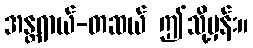
အန္တရာယ်-တဆယ် ဤသို့မှန်း။